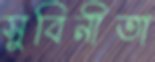
সুবিনীতা